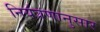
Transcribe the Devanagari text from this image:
नियंत्रणानुसार